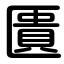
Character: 匱